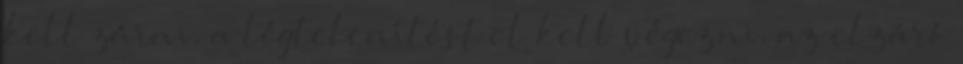
kell zárni, a légtelenítést el kell végezni, az elzáró